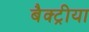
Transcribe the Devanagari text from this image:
बैक्ट्रीया